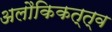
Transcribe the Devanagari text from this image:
अलौकिकत्त्व